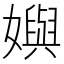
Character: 嬩